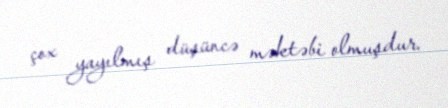
çox yayılmış düşüncə məktəbi olmuşdur.